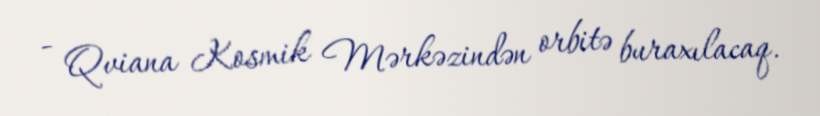
- Qviana Kosmik Mərkəzindən orbitə buraxılacaq.